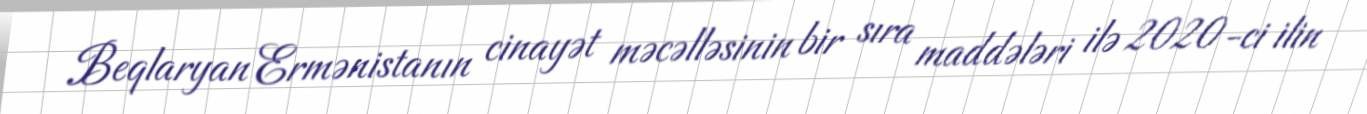
Beqlaryan Ermənistanın cinayət məcəlləsinin bir sıra maddələri ilə 2020-ci ilin